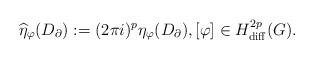
LaTeX: \begin{align*}\widehat{\eta}_\varphi (D_\partial):= (2\pi i)^p \eta_\varphi (D_\partial),[\varphi]\in H^{2p}_{{\rm diff}} (G).\end{align*}